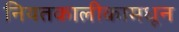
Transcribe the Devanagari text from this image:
नियतकालीकामधून